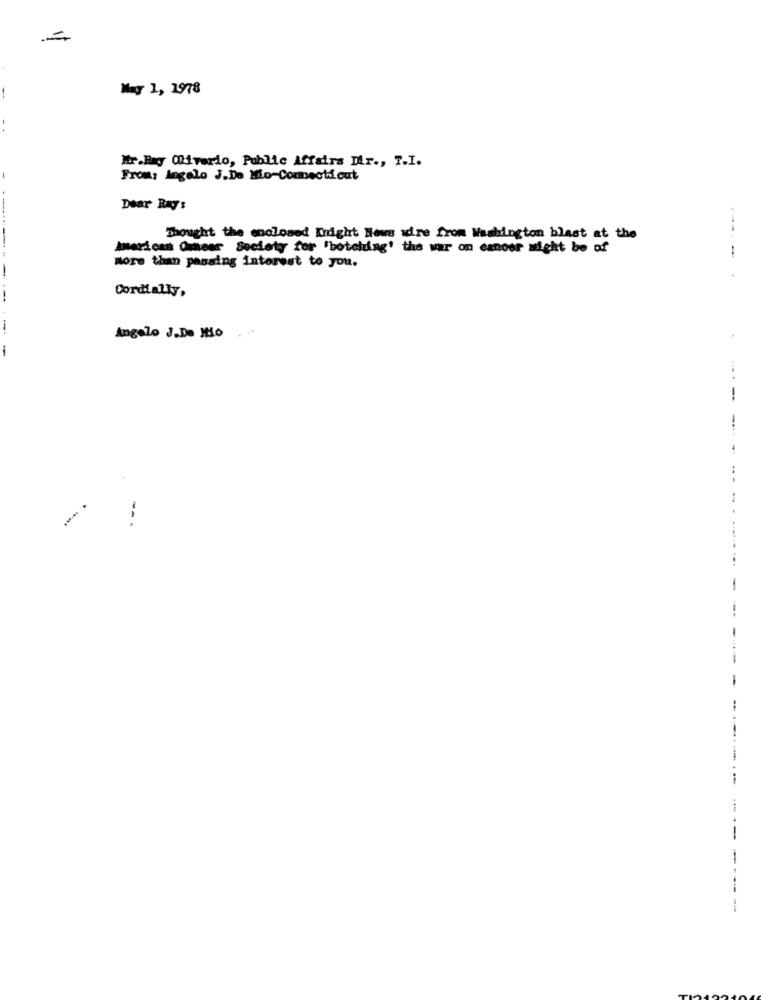
May 1, 1978
Mr.Ray Oliverio, Public Affairs Dir ., T.I.
From: Ingelo J.Do Mio-Connecticut
Dear Rays
Thought the enclosed Knight News wire from Washington blast at the
---.
American Omeer Society for 'hotelring' the war on cancer might be of
--------
more than passing interest to you.
Cordially,
Angelo J.De Mio
-
.. .
--
--
....
-
-
-
--
--- -